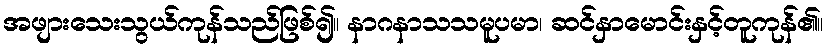
အဖျားသေးသွယ်ကုန်သည်ဖြစ်၍။ နာဂနာသသမူပမာ၊ ဆင်နှာမောင်းနှင့်တူကုန်၏။